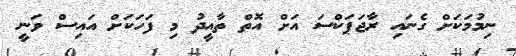
ނިމުމަކަށް ގެނައި ރާޖަޕަކްސަ އަށް އޮތް ތާއީދު މި ފަހަކަށް އައިސް ވަނީ